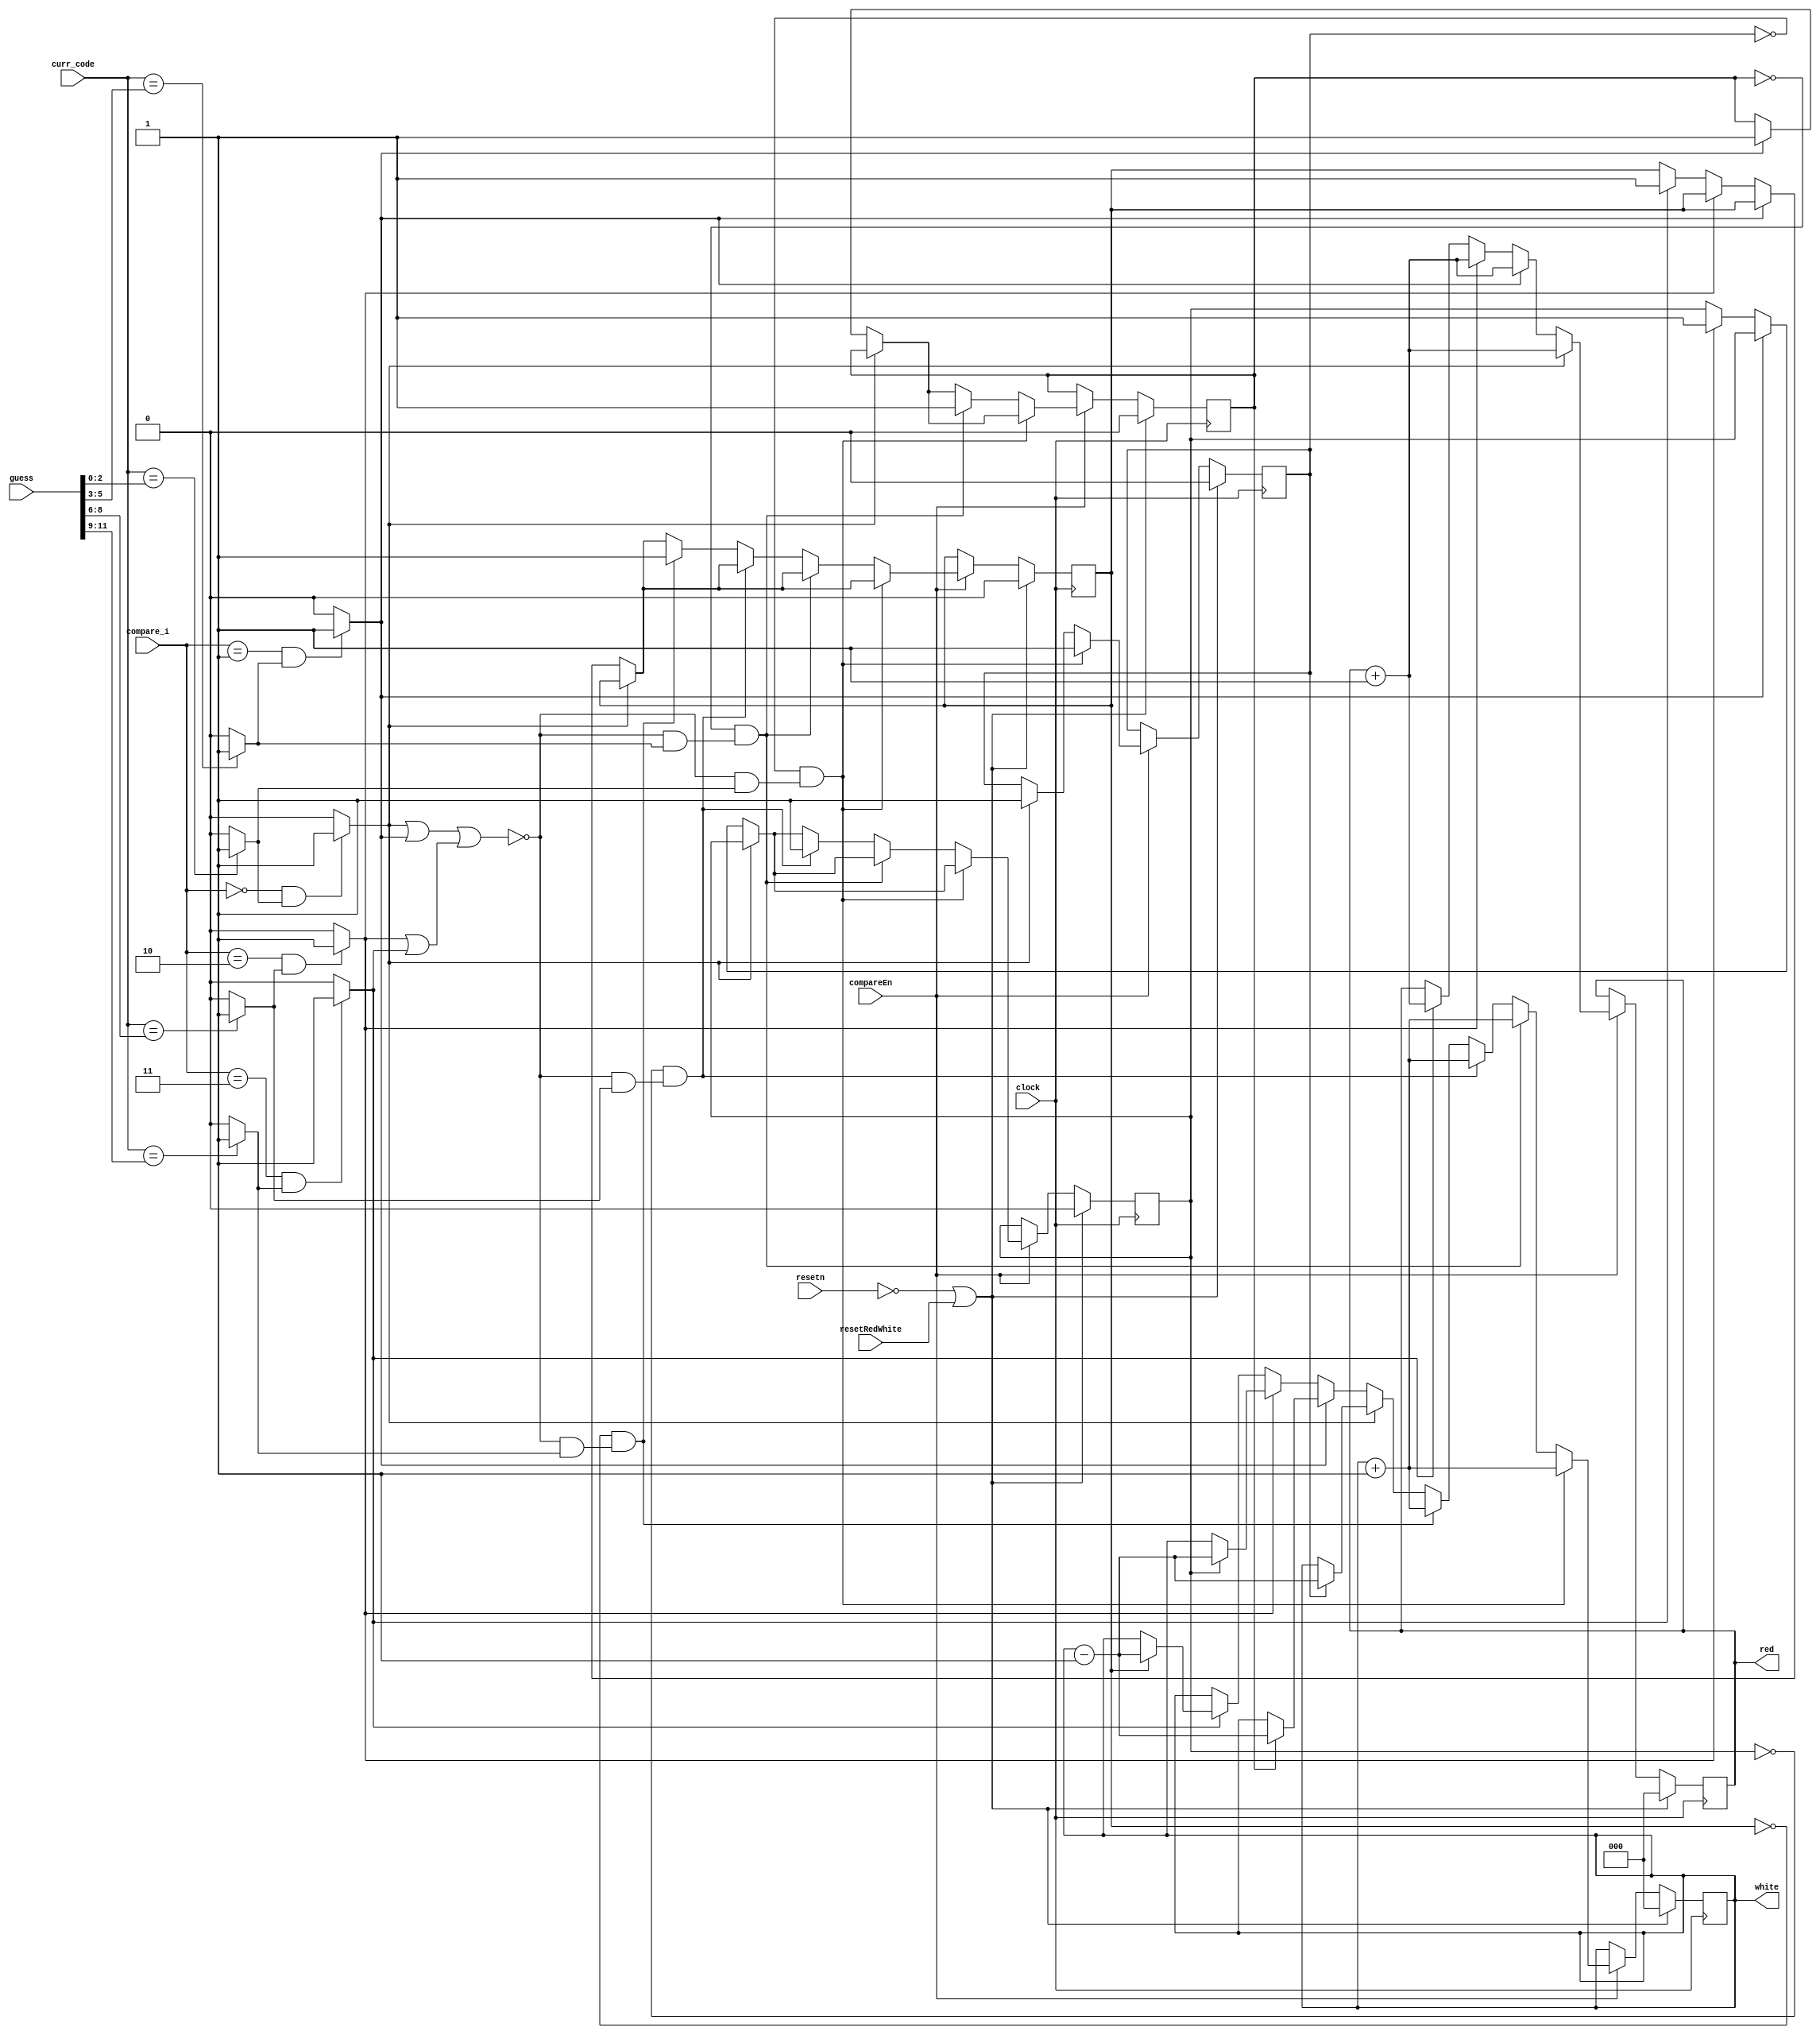
module compare(clock, resetn, compareEn, compare_i, curr_code, guess, red, white, resetRedWhite);
    input resetn, clock, compareEn, resetRedWhite;
    input [1:0] compare_i; // Two bit signal that indicates current code index
    input [2:0] curr_code;
    input [11:0] guess;
    output reg [2:0] red, white;

    wire [2:0] guess_1, guess_2, guess_3, guess_4;

    assign guess_1 = guess[2:0];
    assign guess_2 = guess[5:3];
    assign guess_3 = guess[8:6];
    assign guess_4 = guess[11:9];

    // Wires that indicate if code_x matches guess_x
    wire match_1;
    wire match_2;
    wire match_3;
    wire match_4;

    assign match_1 = (curr_code == guess_1) ? 1'b1 : 1'b0;
    assign match_2 = (curr_code == guess_2) ? 1'b1 : 1'b0;
    assign match_3 = (curr_code == guess_3) ? 1'b1 : 1'b0;
    assign match_4 = (curr_code == guess_4) ? 1'b1: 1'b0;

    // Red matchs (only one red_match can be 1 per clock cycle)
    wire red_match_1;
    wire red_match_2;
    wire red_match_3;
    wire red_match_4;

    assign red_match_1 = ((compare_i == 2'b00) && (match_1)) ? 1'b1 : 1'b0;
    assign red_match_2 = ((compare_i == 2'b01) && (match_2)) ? 1'b1 : 1'b0;
    assign red_match_3 = ((compare_i == 2'b10) && (match_3)) ? 1'b1 : 1'b0;
    assign red_match_4 = ((compare_i == 2'b11) && (match_4)) ? 1'b1 : 1'b0;

    wire any_red_match;

    assign any_red_match = (red_match_1 || red_match_2) || (red_match_3 || red_match_4);

    // White matches
    wire white_match_1;
    wire white_match_2;
    wire white_match_3;
    wire white_match_4;

    assign white_match_1 = ((!any_red_match) && match_1);
    assign white_match_2 = ((!any_red_match) && match_2);
    assign white_match_3 = ((!any_red_match) && match_3);
    assign white_match_4 = ((!any_red_match) && match_4);

    // Reg that tracks which code registers are already matched up
    reg matched_1;
    reg matched_2;
    reg matched_3;
    reg matched_4;
    

    always @(posedge clock) begin
	 
        if (!resetn || resetRedWhite) begin
            matched_1 <= 0;
            matched_2 <= 0;
            matched_3 <= 0;
            matched_4 <= 0;
            red <= 3'b000;
            white <= 3'b000;
        end

        else if (compareEn) begin
            // Red matches first
            if (red_match_1) begin
                if (matched_1)
                    white <= white - 3'b001;
                else
                    matched_1 <= 1;
                red <= red + 3'b001;
            end
            
            else if (red_match_2) begin
                if (matched_2)
                    white <= white - 3'b001;
                else
                    matched_2 <= 1;
                red <= red + 3'b001;
            end

            else if (red_match_3) begin
                if (matched_3)
                    white <= white - 3'b001;
                else
                    matched_3 <= 1;
                red <= red + 3'b001;
            end

            else if (red_match_4) begin
                if (matched_4)
                    white <= white - 3'b001;
                else
                    matched_4 <= 1;
                red <= red + 3'b001;
            end

            // White matches next
            if ((!matched_1) && white_match_1) begin
                matched_1 <= 1;
                white <= white + 3'b001;
            end

            else if ((!matched_2) && white_match_2) begin
                matched_2 <= 1;
                white <= white + 3'b001;
            end

            else if ((!matched_3) && white_match_3) begin
                matched_3 <= 1;
                white <= white + 3'b001;
            end

            else if ((!matched_4) && white_match_4) begin
                matched_4 <= 1;
                white <= white + 3'b001;
            end
        end
    end
    
endmodule